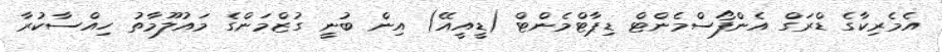
އެމެރިކާގެ ޑްރަގް އެންފޯސްމެންޓް ޑިޕާޓްމެންޓް (ޑީއީއޭ) އިން ބުނީ ގުޒްމަންގެ މައުލޫމާތު ހިއްސާކުރާ